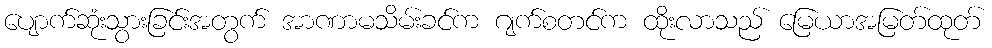
ပျောက်ဆုံးသွားခြင်းအတွက် အာဏာမသိမ်းခင်က ဂျက်စတင်က ထိုးလာသည် မြေယာအမြတ်ထုတ်